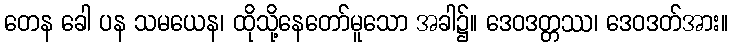
တေန ခေါ ပန သမယေန၊ ထိုသို့နေတော်မူသော အခါ၌။ ဒေဝဒတ္တဿ၊ ဒေဝဒတ်အား။